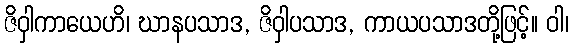
ဇိဝှါကာယေဟိ၊ ဃာနပသာဒ, ဇိဝှါပသာဒ, ကာယပသာဒတို့ဖြင့်။ ဝါ၊